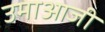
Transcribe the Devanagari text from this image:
उमाआजी